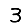
Digit: 3